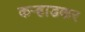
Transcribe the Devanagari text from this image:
कऱ्हाडकर